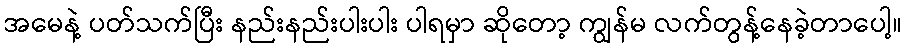
အမေနဲ့ ပတ်သက်ပြီး နည်းနည်းပါးပါး ပါရမှာ ဆိုတော့ ကျွန်မ လက်တွန့်နေခဲ့တာပေါ့။